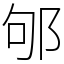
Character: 邭